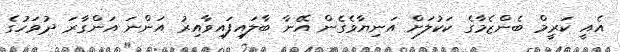
އެއީ ކަރީމް ބެންޒެމާގެ ކަކުލަށް އަނިޔާވެގެން އޭނާ ބާލައިފައިވާއިރު އަންނަ އަންގާރަ ދުވަހުގެ